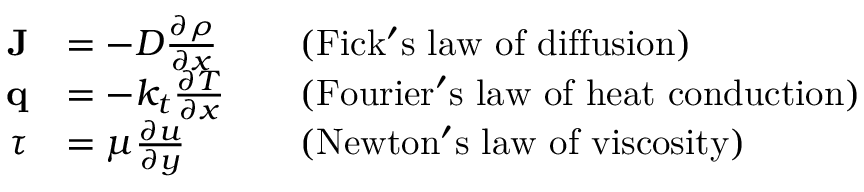
{ \begin{array} { r l r l } { \mathbf { J } } & { = - D { \frac { \partial \rho } { \partial x } } } & & { { \mathrm { ( F i c k ' s ~ l a w ~ o f ~ d i f f u s i o n ) } } } \\ { \mathbf { q } } & { = - k _ { t } { \frac { \partial T } { \partial x } } } & & { { \mathrm { ( F o u r i e r ' s ~ l a w ~ o f ~ h e a t ~ c o n d u c t i o n ) } } } \\ { \tau } & { = \mu { \frac { \partial u } { \partial y } } } & & { { \mathrm { ( N e w t o n ' s ~ l a w ~ o f ~ v i s c o s i t y ) } } } \end{array} }